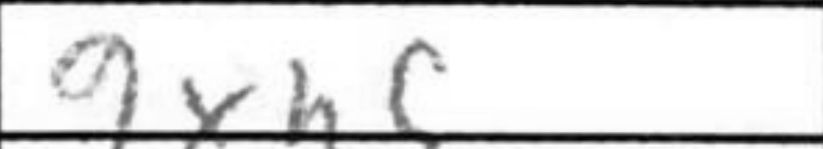
Transcription: gxh5